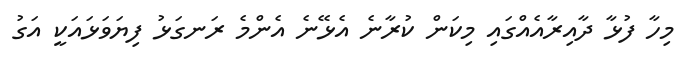
މިހާ ފުޅާ ދާއިރާއެއްގައި މިކަން ކުރާނެ އެޅޭނެ އެންމެ ރަނގަޅު ފިޔަވަޅައަކީ އަގު